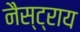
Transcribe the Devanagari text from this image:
नैस्ट्राय